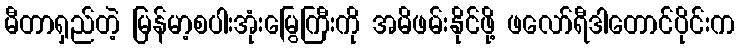
မီတာရှည်တဲ့ မြန်မာ့စပါးအုံးမြွေကြီးကို အမိဖမ်းနိုင်ဖို့ ဖလော်ရီဒါတောင်ပိုင်းက